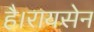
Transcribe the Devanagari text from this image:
है।रायसेन